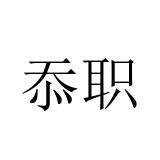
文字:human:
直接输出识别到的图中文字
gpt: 忝职